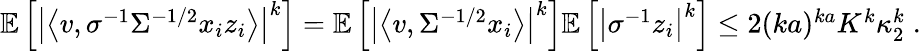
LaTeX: \begin{array}{r}{\mathbb{E}\left[\left|\left\langle v,\sigma^{-1}\Sigma^{-1/2}x_{i}z_{i}\right\rangle\right|^{k}\right]=\mathbb{E}\left[\left|\left\langle v,\Sigma^{-1/2}x_{i}\right\rangle\right|^{k}\right]\mathbb{E}\left[\left|\sigma^{-1}z_{i}\right|^{k}\right]\leq 2(ka)^{ka}K^{k}\kappa_{2}^{k}\; .}\end{array}